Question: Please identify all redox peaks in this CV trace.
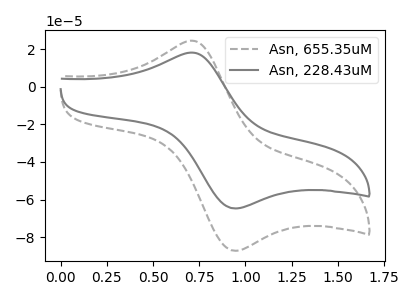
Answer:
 <answer>The gray dashed curve "Asn, 655.35uM" has an anodic peak at (0.70V, 24.45uA) and a cathodic peak at (0.95V, -87.25uA). The gray curve "Asn, 228.43uM" has an anodic peak at (0.70V, 18.15uA) and a cathodic peak at (0.95V, -64.70uA).</answer>
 <eval></eval>